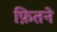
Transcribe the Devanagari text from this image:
फ़ितने